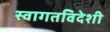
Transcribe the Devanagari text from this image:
स्वागतविदेशी